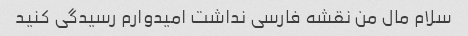
سلام مال من نقشه فارسی نداشت امیدوارم رسیدگی کنید